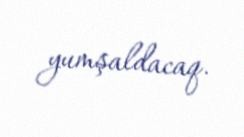
yumşaldacaq.